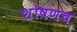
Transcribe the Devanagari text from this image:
शोषणच